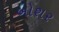
બોશર